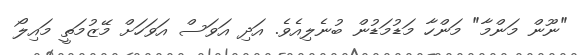
"ނޫން މަންމާ" މަންހާ މަޑުމަޑުން ބުނެލިއެވެ. އަދި އަވަސް އަވަހަށް މޭޒުމަތީ މައިލޯ